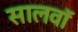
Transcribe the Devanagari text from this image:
सालवाॅ